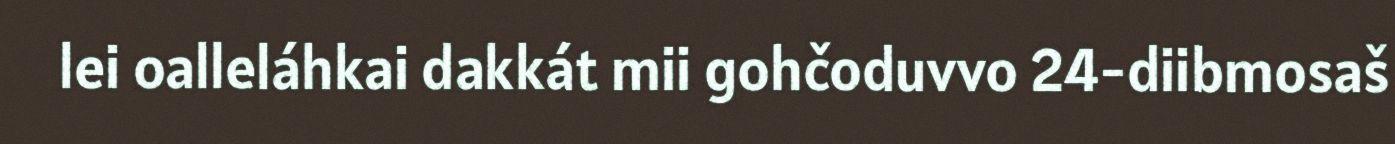
lei oalleláhkai dakkát mii gohčoduvvo 24-diibmosaš